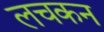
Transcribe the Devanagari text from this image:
लचकन